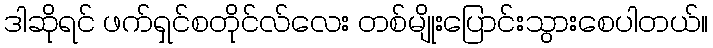
ဒါဆိုရင် ဖက်ရှင်စတိုင်လ်လေး တစ်မျိုးပြောင်းသွားစေပါတယ်။